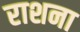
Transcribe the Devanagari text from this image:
राशना